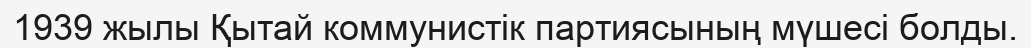
1939 жылы Қытай коммунистік партиясының мүшесі болды.